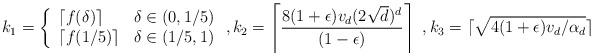
LaTeX: \begin{align*}k_1=\left\{\begin{array}{l l}\lceil f(\delta)\rceil & \delta\in(0,1/5)\\\lceil f(1/5) \rceil & \delta\in(1/5,1)\end{array}\right.,k_2=\left\lceil \frac{8(1+\epsilon) v_d(2\sqrt{d})^d}{(1-\epsilon)}\right\rceil~,k_3=\lceil \sqrt{4(1+\epsilon)v_d/\alpha_d}\rceil\end{align*}